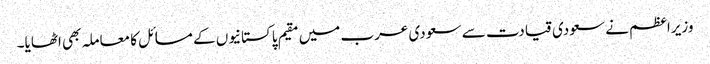
وزیراعظم نے سعودی قیادت سے سعودی عرب میں مقیم پاکستانیوں کے مسائل کا معاملہ بھی اٹھایا۔